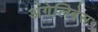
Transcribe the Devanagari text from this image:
अंगेलिदेस